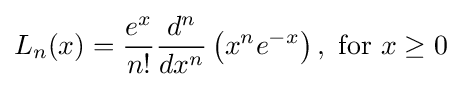
L_{n}(x)={\frac {e^{x}}{n!}}{\frac {d^{n}}{dx^{n}}}\left(x^{n}e^{-x}\right),{\text{ for }}x\geq 0